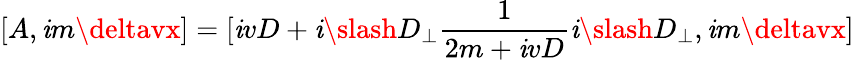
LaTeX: [A,\mathit{i}m\deltavx]=[\mathit{i}vD+\mathit{i}\slash{D}_{\perp}\frac{{1}}{{2m+\mathit{i}vD}}\mathit{i}\slash{D}_{\perp},\mathit{i}m\deltavx]